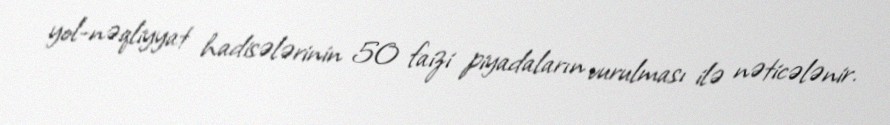
yol-nəqliyyat hadisələrinin 50 faizi piyadaların vurulması ilə nəticələnir.